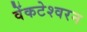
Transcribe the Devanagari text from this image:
वेंकटेश्वरन